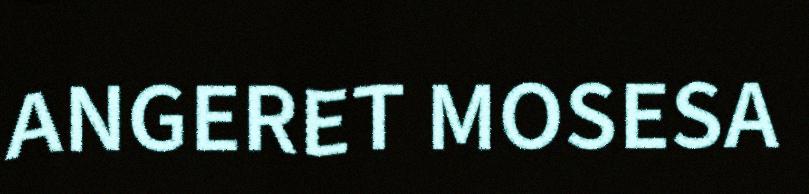
ANGERET MOSESA